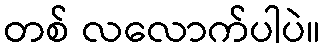
တစ် လလောက်ပါပဲ။